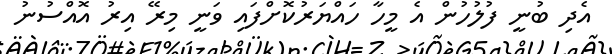
އެދި ބުނީ ފުލުހުން އެ މީހާ ހައްޔަރުކޮށްފައި ވަނީ މިރޭ އިރު އޮއްސުނު